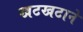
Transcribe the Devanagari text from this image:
खटखटाने